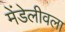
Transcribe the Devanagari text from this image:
मेंडेलीवला